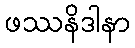
ဖဿနိဒါနာ